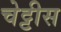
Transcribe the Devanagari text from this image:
चेट्टीस